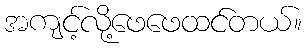
အကျင့်လို့ဖေဖေထင်တယ်။